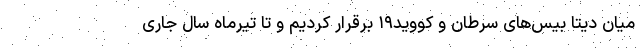
میان دیتا بیس‌های سرطان و کووید۱۹ برقرار کردیم و تا تیرماه سال جاری